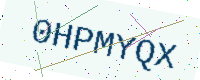
Text: 0HPMYQX